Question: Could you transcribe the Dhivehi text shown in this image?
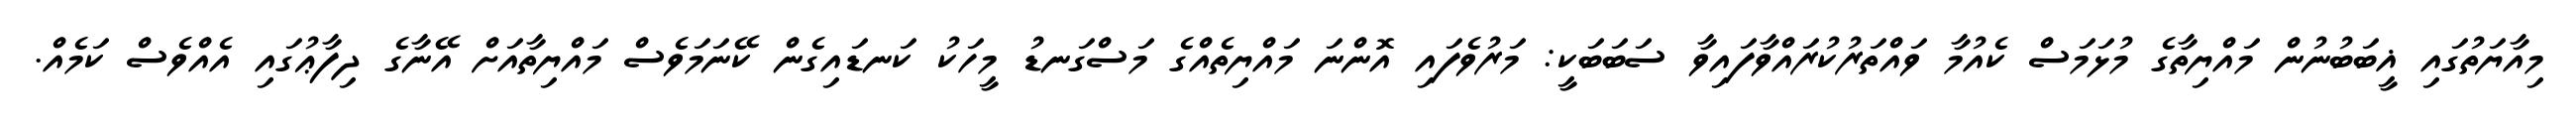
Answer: މިއާޔަތުގައި ޣީބަބުނުން މައްޔިތާގެ މުޅަމަސް ކެއުމާ ވައްތަރުކުރައްވާފައިވާ ސަބަބަކީ: މަރުވެފައި އޮންނަ މައްޔިތެއްގެ މަސްގަނޑު މީހަކު ކަނޑައިގެން ކޭނަމަވެސް މައްޔިތާއަށް އޭނާގެ ދިފާޢުގައި އެއްވެސް ކަމެއް.